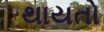
થાયતો